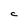
Character: C